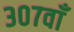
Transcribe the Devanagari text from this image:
३०७वाँ